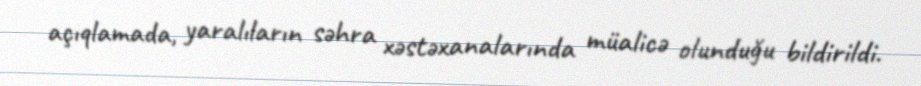
açıqlamada, yaralıların səhra xəstəxanalarında müalicə olunduğu bildirildi.